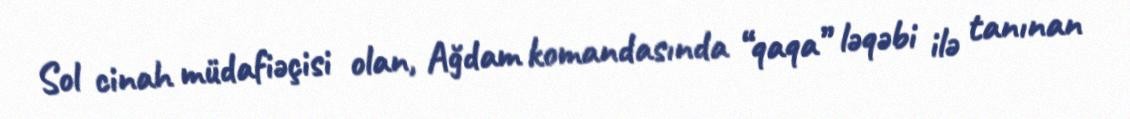
Sol cinah müdafiəçisi olan, Ağdam komandasında “qaqa” ləqəbi ilə tanınan